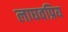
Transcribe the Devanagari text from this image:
लाघवप्रिय